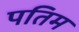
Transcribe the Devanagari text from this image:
पतिम